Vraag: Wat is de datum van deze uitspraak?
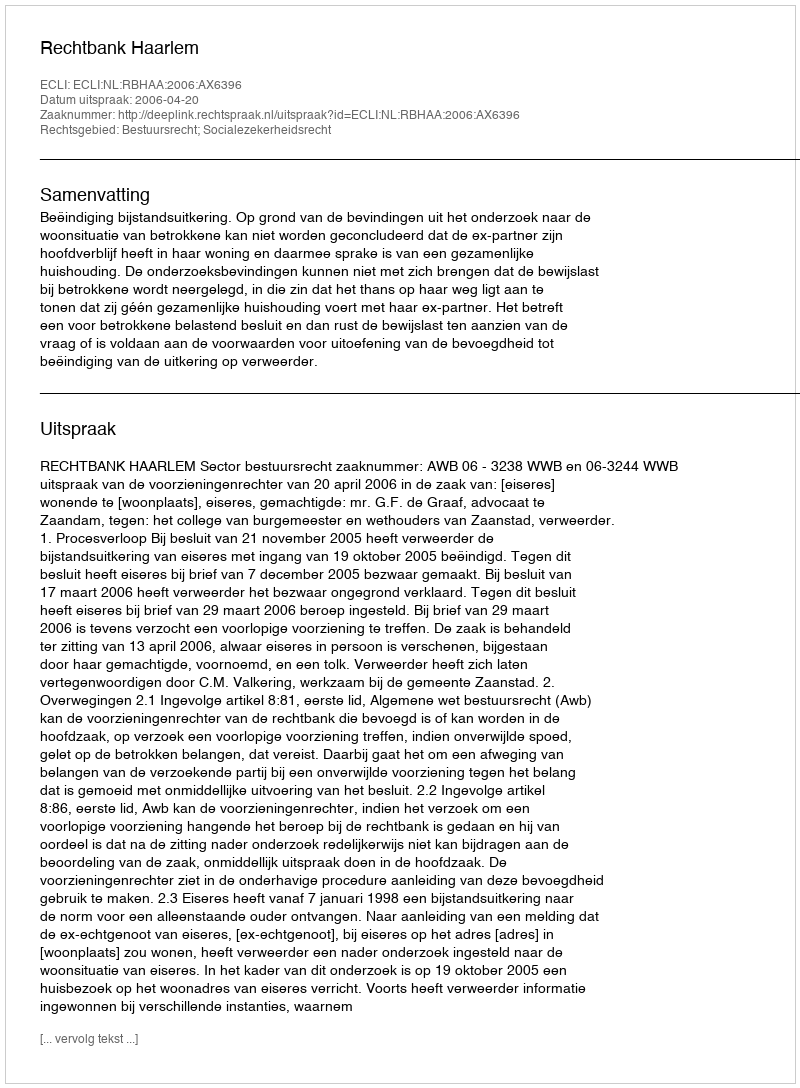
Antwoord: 2006-04-20